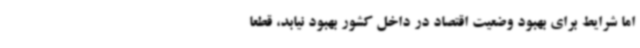
اما شرایط برای بهبود وضعیت اقتصاد در داخل کشور بهبود نیابد، قطعا